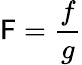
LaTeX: \mathsf{F}={\frac{{f}}{{g}}}